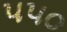
૫૫૦